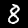
Digit: 8